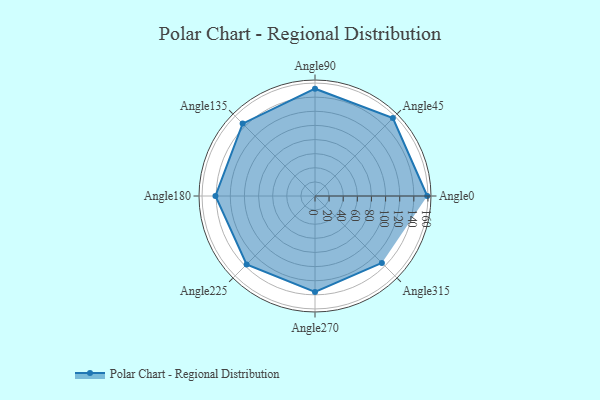
{"axis": {"x": "Angle", "y": "Radius"}, "legend": [""], "data": [{"x": "Angle0", "y": 159.0, "type": ""}, {"x": "Angle45", "y": 156.0, "type": ""}, {"x": "Angle90", "y": 152.0, "type": ""}, {"x": "Angle135", "y": 145.0, "type": ""}, {"x": "Angle180", "y": 141.0, "type": ""}, {"x": "Angle225", "y": 137.0, "type": ""}, {"x": "Angle270", "y": 136.0, "type": ""}, {"x": "Angle315", "y": 134.0, "type": ""}]}